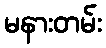
မနားတမ်း